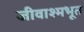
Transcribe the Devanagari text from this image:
जीवाश्मभूत